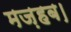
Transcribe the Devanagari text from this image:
मज़हब।